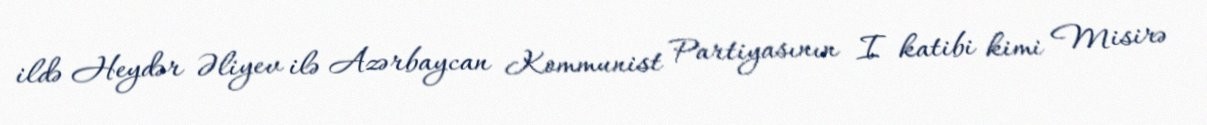
ildə Heydər Əliyev ilə Azərbaycan Kommunist Partiyasının I katibi kimi Misirə